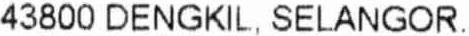
43800 DENGKIL, SELANGOR.